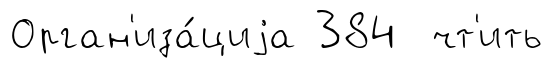
Орган'иза́циjа 384 чт'ить